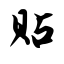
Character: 贴